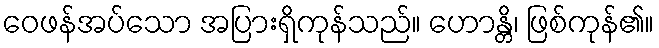
ဝေဖန်အပ်သော အပြားရှိကုန်သည်။ ဟောန္တိ၊ ဖြစ်ကုန်၏။